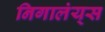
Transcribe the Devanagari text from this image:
निगालंय्‌स